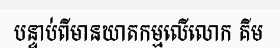
បន្ទាប់ពីមានឃាតកម្មលើលោក គីម